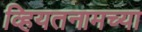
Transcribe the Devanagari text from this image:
व्हियतनामच्या